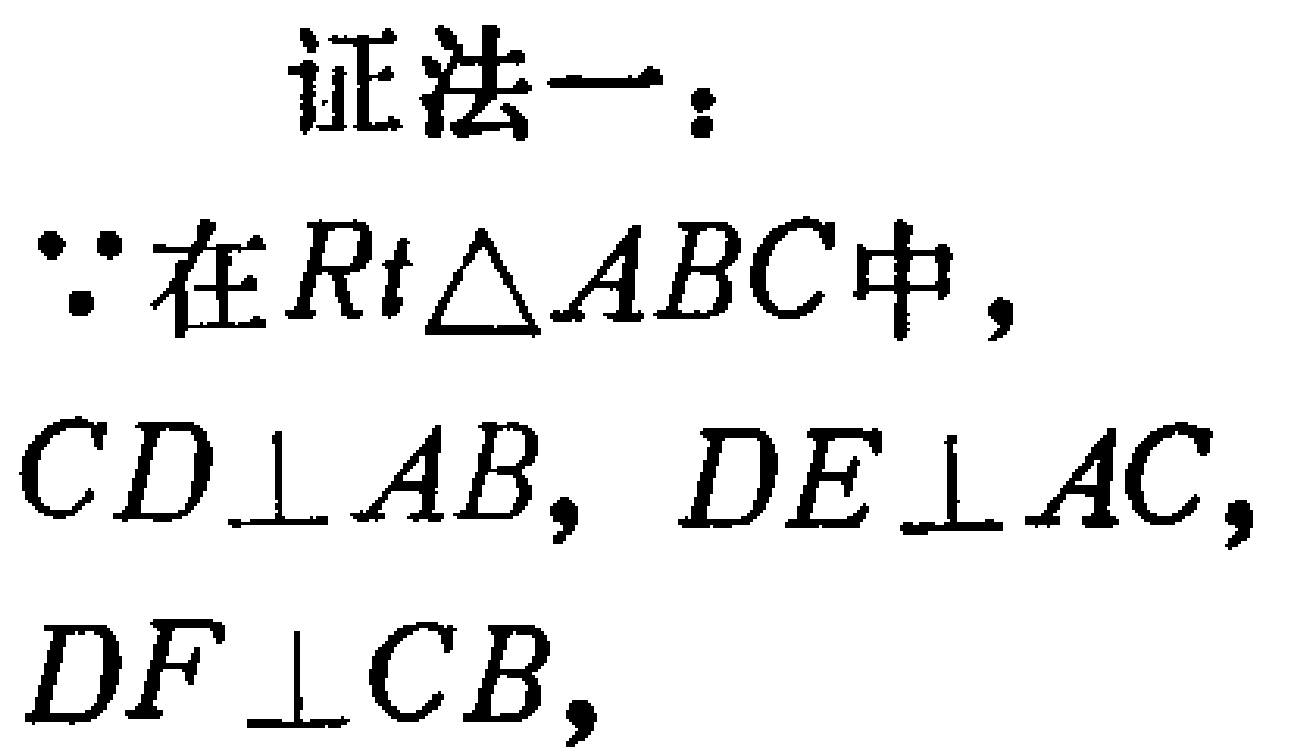
证法一：

$\because$在$Rt\triangle ABC$中，

$CD\perp AB$，$DE\perp AC$，

$DF\perp CB$，